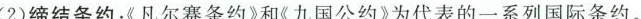
(2)缔结条约：《凡尔赛条约》和《九国公约》为代表的一系列国际条约。